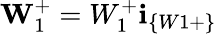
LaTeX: \textbf{W}_{1}^{+}=W_{1}^{+}\textbf{i}_{\{ W1+\} }